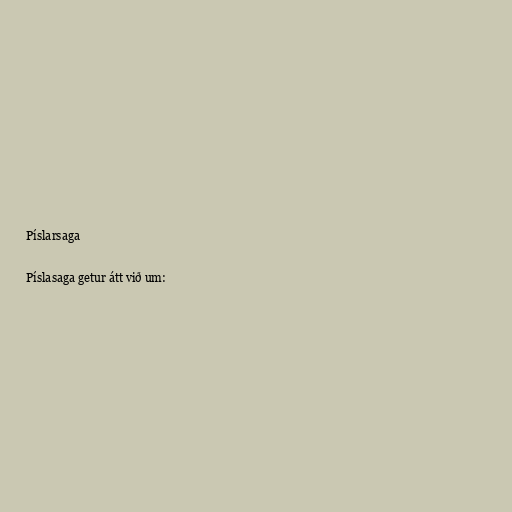
Píslarsaga

Píslasaga getur átt við um: